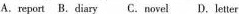
A.report B.Diary C. Novel D. Letter